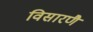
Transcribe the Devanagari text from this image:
विसारणै